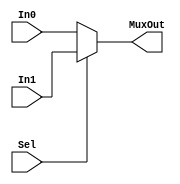
`timescale 1ns / 1ps

module MtoRFSelMux(
    input Sel,
    input [31:0] In0,
    input [31:0] In1,
    output [31:0] MuxOut
    );
    assign MuxOut = Sel ? In1 : In0;
endmodule